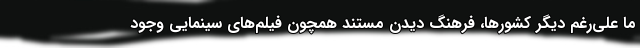
ما علی‌رغم دیگر کشورها، فرهنگ دیدن مستند همچون فیلم‌های سینمایی وجود